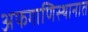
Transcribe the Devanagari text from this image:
अफगाणिस्थानात